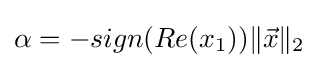
\alpha =-sign(Re(x_{1}))\|{\vec {x}}\|_{2}